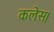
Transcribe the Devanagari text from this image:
कलेस।